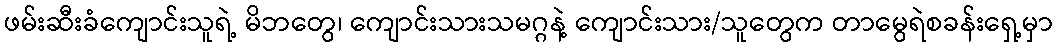
ဖမ်းဆီးခံကျောင်းသူရဲ့ မိဘတွေ၊ ကျောင်းသားသမဂ္ဂနဲ့ ကျောင်းသား/သူတွေက တာမွေရဲစခန်းရှေ့မှာ